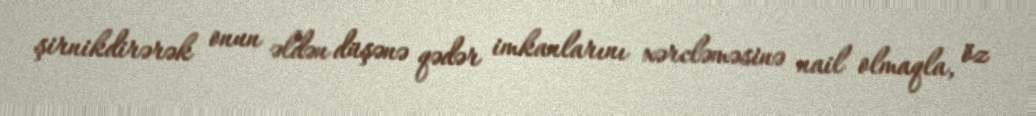
şirnikdirərək onun əldən düşənə qədər imkanlarını xərcləməsinə nail olmaqla, öz